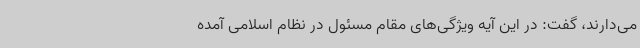
می‌دارند، گفت:‌ در این آیه ویژگی‌های مقام مسئول در نظام اسلامی آمده